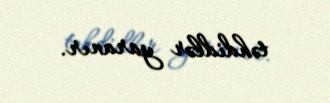
təhdidlər yaranır.